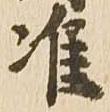
准